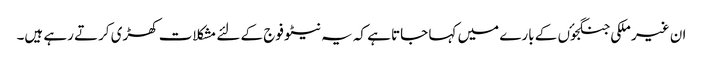
ان غیر ملکی جنگجوٴں کے بارے میں کہا جاتا ہے کہ یہ نیٹو فوج کے لئے مشکلات کھڑی کرتے رہے ہیں۔